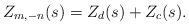
LaTeX: \begin{align*}Z_{m,-n} (s) = Z_d(s) + Z_c(s).\end{align*}